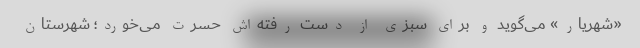
«شهریار» می‌گوید و برای سبزی از دست رفته‌اش حسرت می‌خورد؛ شهرستان